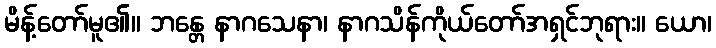
မိန့်တော်မူ၏။ ဘန္တေ နာဂသေနာ၊ နာဂသိန်ကိုယ်တော်အရှင်ဘုရား။ ယော၊